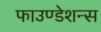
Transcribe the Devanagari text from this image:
फाउण्डेशन्स